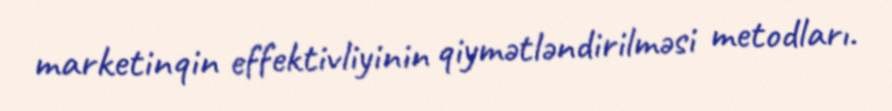
marketinqin effektivliyinin qiymətləndirilməsi metodları.